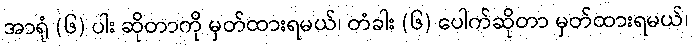
အာရုံ (၆) ပါး ဆိုတာကို မှတ်ထားရမယ်၊ တံခါး (၆) ပေါက်ဆိုတာ မှတ်ထားရမယ်၊